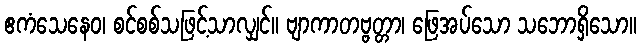
ဧကံသေနေဝ၊ စင်စစ်သဖြင့်သာလျှင်။ ဗျာကာတဗ္ဗတ္တာ၊ ဖြေအပ်သော သဘောရှိသော။